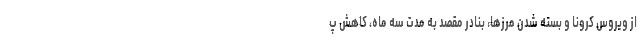
از ویروس کرونا و بسته شدن مرزها، بنادر مقصد به مدت سه ماه، کاهش پ